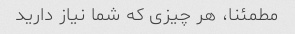
مطمئنا، هر چیزی که شما نیاز دارید